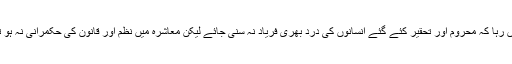
ان کی جرأت مندی کے باعث اب یہ ممکن نہیں رہا کہ محروم اور تحقیر کئے گئے انسانوں کی درد بھری فریاد نہ سنی جائے لیکن معاشرہ میں نظم اور قانون کی حکمرانی نہ ہو تو یہ خصوصیات خطرے کی زد پر رہتی ہیں۔